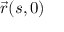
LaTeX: { \vec { r } } ( s , 0 )